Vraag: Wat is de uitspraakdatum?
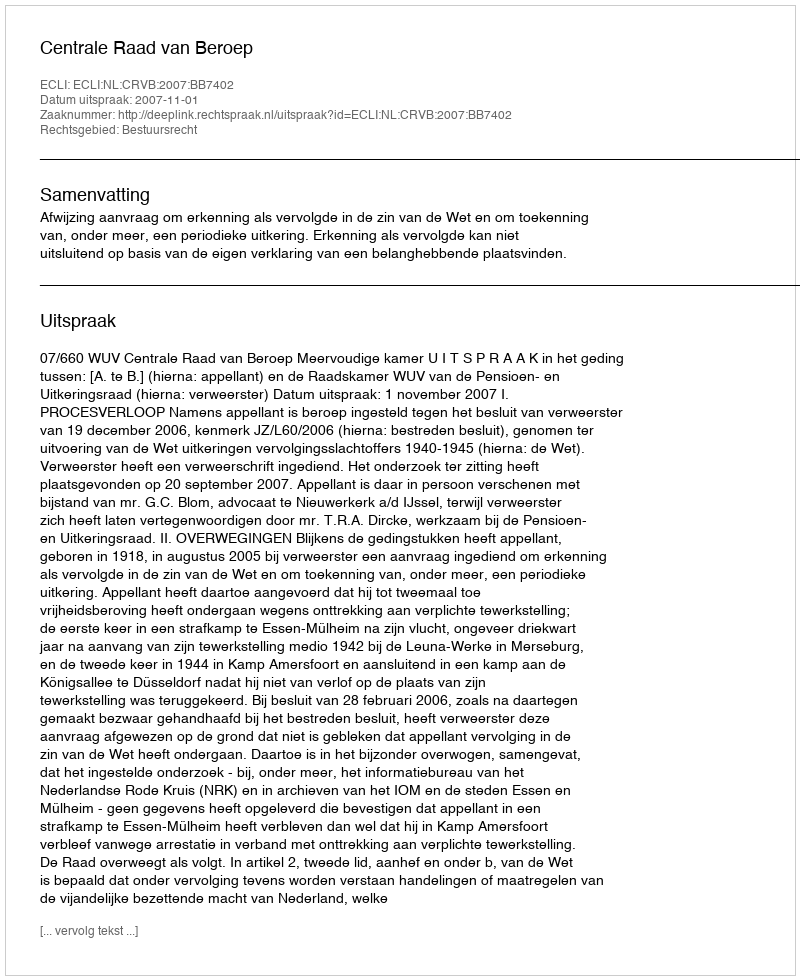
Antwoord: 2007-11-01